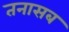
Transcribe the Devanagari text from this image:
तनासब